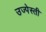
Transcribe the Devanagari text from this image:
उज्पेस्ती